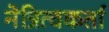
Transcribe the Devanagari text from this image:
नेत्रित्वकर्ता